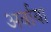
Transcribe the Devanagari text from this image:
अर्वाया